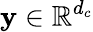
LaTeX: \mathbf{y}\in\mathbb{{R}}^{d_{c}}